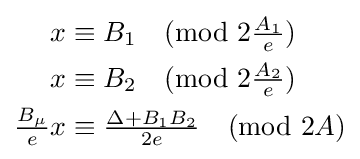
{\begin{aligned}x&\equiv B_{1}{\pmod {2{\tfrac {A_{1}}{e}}}}\\x&\equiv B_{2}{\pmod {2{\tfrac {A_{2}}{e}}}}\\{\tfrac {B_{\mu }}{e}}x&\equiv {\tfrac {\Delta +B_{1}B_{2}}{2e}}{\pmod {2A}}\end{aligned}}